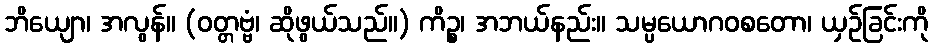
ဘိယျော၊ အလွန်။ (ဝတ္တဗ္ဗံ၊ ဆိုဖွယ်သည်။) ကိဉ္စ၊ အဘယ်နည်း။ သမ္ပယောဂဝစတော၊ ယှဉ်ခြင်းကို